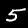
Digit: 5